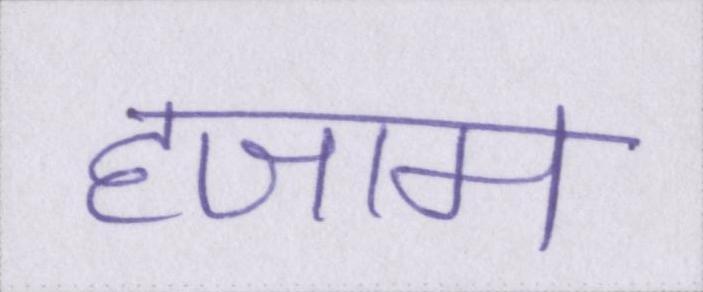
हजाम